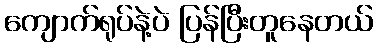
ကျောက်ရုပ်နဲ့ပဲ ပြန်ပြီးတူနေတယ်